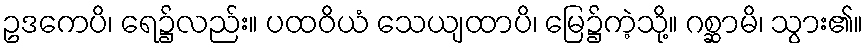
ဥဒကေပိ၊ ရေ၌လည်း။ ပထဝိယံ သေယျထာပိ၊ မြေ၌ကဲ့သို့။ ဂစ္ဆာမိ၊ သွား၏။